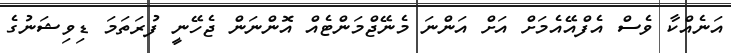
އަނެއްކާ ވެސް އެފްއޭއެމަށް އަށް އަންނަ މެނޭޖްމަންޓެއް އޮންނަން ޖެހޭނީ ފުރަތަމަ ޑިވިޝަނުގެ